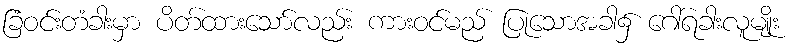
ခြံဝင်းတံခါးမှာ ပိတ်ထားသော်လည်း ကားဝင်မည် ပြုသောအခါ၌ ဂေါ်ရခါးလူမျိုး